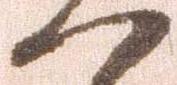
へ